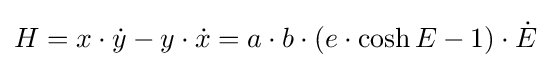
H=x\cdot {\dot {y}}-y\cdot {\dot {x}}=a\cdot b\cdot (e\cdot \cosh E-1)\cdot {\dot {E}}